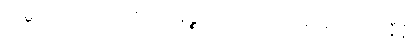
ကုမ္ဘဒါသိကထာ ဝိဇာတာနဉ္စ ပတိဿဝေါ အာနိသံသံ မုနီနံ